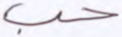
حب